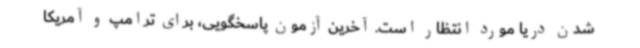
شدن دریا مورد انتظار است. آخرین آزمون پاسخگویی، برای ترامپ و آمریکا